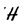
Character: H